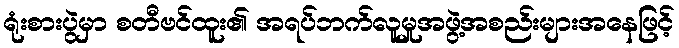
ရုံးစားပွဲမှာ စတီဗင်ထူး၏ အရပ်ဘက်လူမှုအဖွဲ့အစည်းများအနေဖြင့်